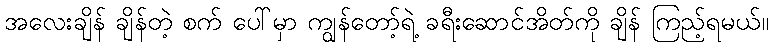
အလေးချိန် ချိန်တဲ့ စက် ပေါ်မှာ ကျွန်တော့်ရဲ့ ခရီးဆောင်အိတ်ကို ချိန် ကြည့်ရမယ်။